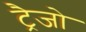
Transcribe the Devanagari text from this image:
ट्रैजो